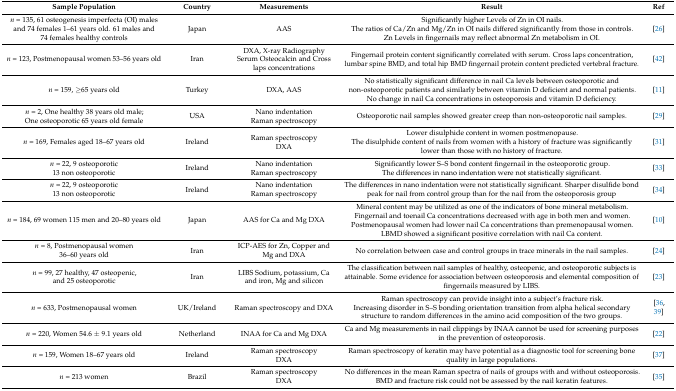
<table><thead><tr><td><b>Sample Population</b></td><td><b>Country</b></td><td><b>Measurements</b></td><td><b>Result</b></td><td><b>Ref</b></td></tr></thead><tbody><tr><td><i>n</i> = 135, 61 osteogenesis imperfecta (OI) males and 74 females 1–61 years old. 61 males and 74 females healthy controls</td><td>Japan</td><td>AAS </td><td>Significantly higher Levels of Zn in OI nails. The ratios of Ca/Zn and Mg/Zn in OI nails differed significantly from those in controls.Zn Levels in fingernails may reflect abnormal Zn metabolism in OI.</td><td>[26]</td></tr><tr><td><i>n</i> = 123, Postmenopausal women 53–56 years old</td><td>Iran</td><td>DXA, X-ray RadiographySerum Osteocalcin and Cross laps concentrations</td><td>Fingernail protein content significantly correlated with serum. Cross laps concentration, lumbar spine BMD, and total hip BMD fingernail protein content predicted vertebral fracture. </td><td>[42]</td></tr><tr><td><i>n</i> = 159, ≥65 years old</td><td>Turkey</td><td>DXA, AAS</td><td>No statistically significant difference in nail Ca levels between osteoporotic and non-osteoporotic patients and similarly between vitamin D deficient and normal patients.No change in nail Ca concentrations in osteoporosis and vitamin D deficiency.</td><td>[11]</td></tr><tr><td><i>n</i> = 2, One healthy 38 years old male; One osteoporotic 65 years old female</td><td>USA</td><td>Nano indentationRaman spectroscopy</td><td>Osteoporotic nail samples showed greater creep than non-osteoporotic nail samples.</td><td>[29]</td></tr><tr><td><i>n</i> = 169, Females aged 18–67 years old </td><td>Ireland</td><td>Raman spectroscopy DXA </td><td>Lower disulphide content in women postmenopause.The disulphide content of nails from women with a history of fracture was significantlylower than those with no history of fracture.</td><td>[31]</td></tr><tr><td><i>n</i> = 22, 9 osteoporotic13 non osteoporotic</td><td>Ireland</td><td>Nano indentationRaman spectroscopy</td><td>Significantly lower S–S bond content fingernail in the osteoporotic group. The differences in nano indentation were not statistically significant.</td><td>[33]</td></tr><tr><td><i>n</i> = 22, 9 osteoporotic13 non osteoporotic</td><td>Ireland</td><td>Nano indentationRaman spectroscopy </td><td>The differences in nano indentation were not statistically significant. Sharper disulfide bond peak for nail from control group than for the nail from the osteoporosis group</td><td>[34]</td></tr><tr><td><i>n</i> = 184, 69 women 115 men and 20–80 years old</td><td>Japan</td><td>AAS for Ca and Mg DXA </td><td>Mineral content may be utilized as one of the indicators of bone mineral metabolism.Fingernail and toenail Ca concentrations decreased with age in both men and women. Postmenopausal women had lower nail Ca concentrations than premenopausal women. LBMD showed a significant positive correlation with nail Ca content.</td><td>[10]</td></tr><tr><td><i>n</i> = 8, Postmenopausal women 36–60 years old</td><td>Iran</td><td>ICP-AES for Zn, Copper and Mg and DXA </td><td>No correlation between case and control groups in trace minerals in the nail samples.</td><td>[24]</td></tr><tr><td><i>n</i> = 99, 27 healthy, 47 osteopenic, and 25 osteoporotic</td><td>Iran</td><td>LIBS Sodium, potassium, Ca and iron, Mg and silicon</td><td>The classification between nail samples of healthy, osteopenic, and osteoporotic subjects is attainable. Some evidence for association between osteoporosis and elemental composition of fingernails measured by LIBS.</td><td>[23]</td></tr><tr><td><i>n</i> = 633, Postmenopausal women</td><td>UK/Ireland</td><td>Raman spectroscopy and DXA</td><td>Raman spectroscopy can provide insight into a subject’s fracture risk.Increasing disorder in S–S bonding orientation transition from alpha helical secondary structure to random differences in the amino acid composition of the two groups.</td><td>[36,39]</td></tr><tr><td><i>n</i> = 220, Women 54.6 ± 9.1 years old</td><td>Netherland</td><td>INAA for Ca and Mg DXA </td><td>Ca and Mg measurements in nail clippings by INAA cannot be used for screening purposes in the prevention of osteoporosis.</td><td>[22]</td></tr><tr><td><i>n</i> = 159, Women 18–67 years old</td><td>Ireland</td><td>Raman spectroscopy DXA</td><td>Raman spectroscopy of keratin may have potential as a diagnostic tool for screening bone quality in large populations.</td><td>[37]</td></tr><tr><td><i>n</i> = 213 women</td><td>Brazil</td><td>Raman spectroscopyDXA</td><td>No differences in the mean Raman spectra of nails of groups with and without osteoporosis. BMD and fracture risk could not be assessed by the nail keratin features.</td><td>[35]</td></tr></tbody></table>